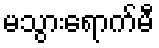
မသွားရောက်မီ